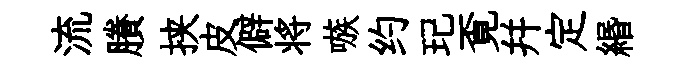
流賸挟皮僻将嗾约玘覔幷定緡